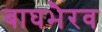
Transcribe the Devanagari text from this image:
बाघभैरव